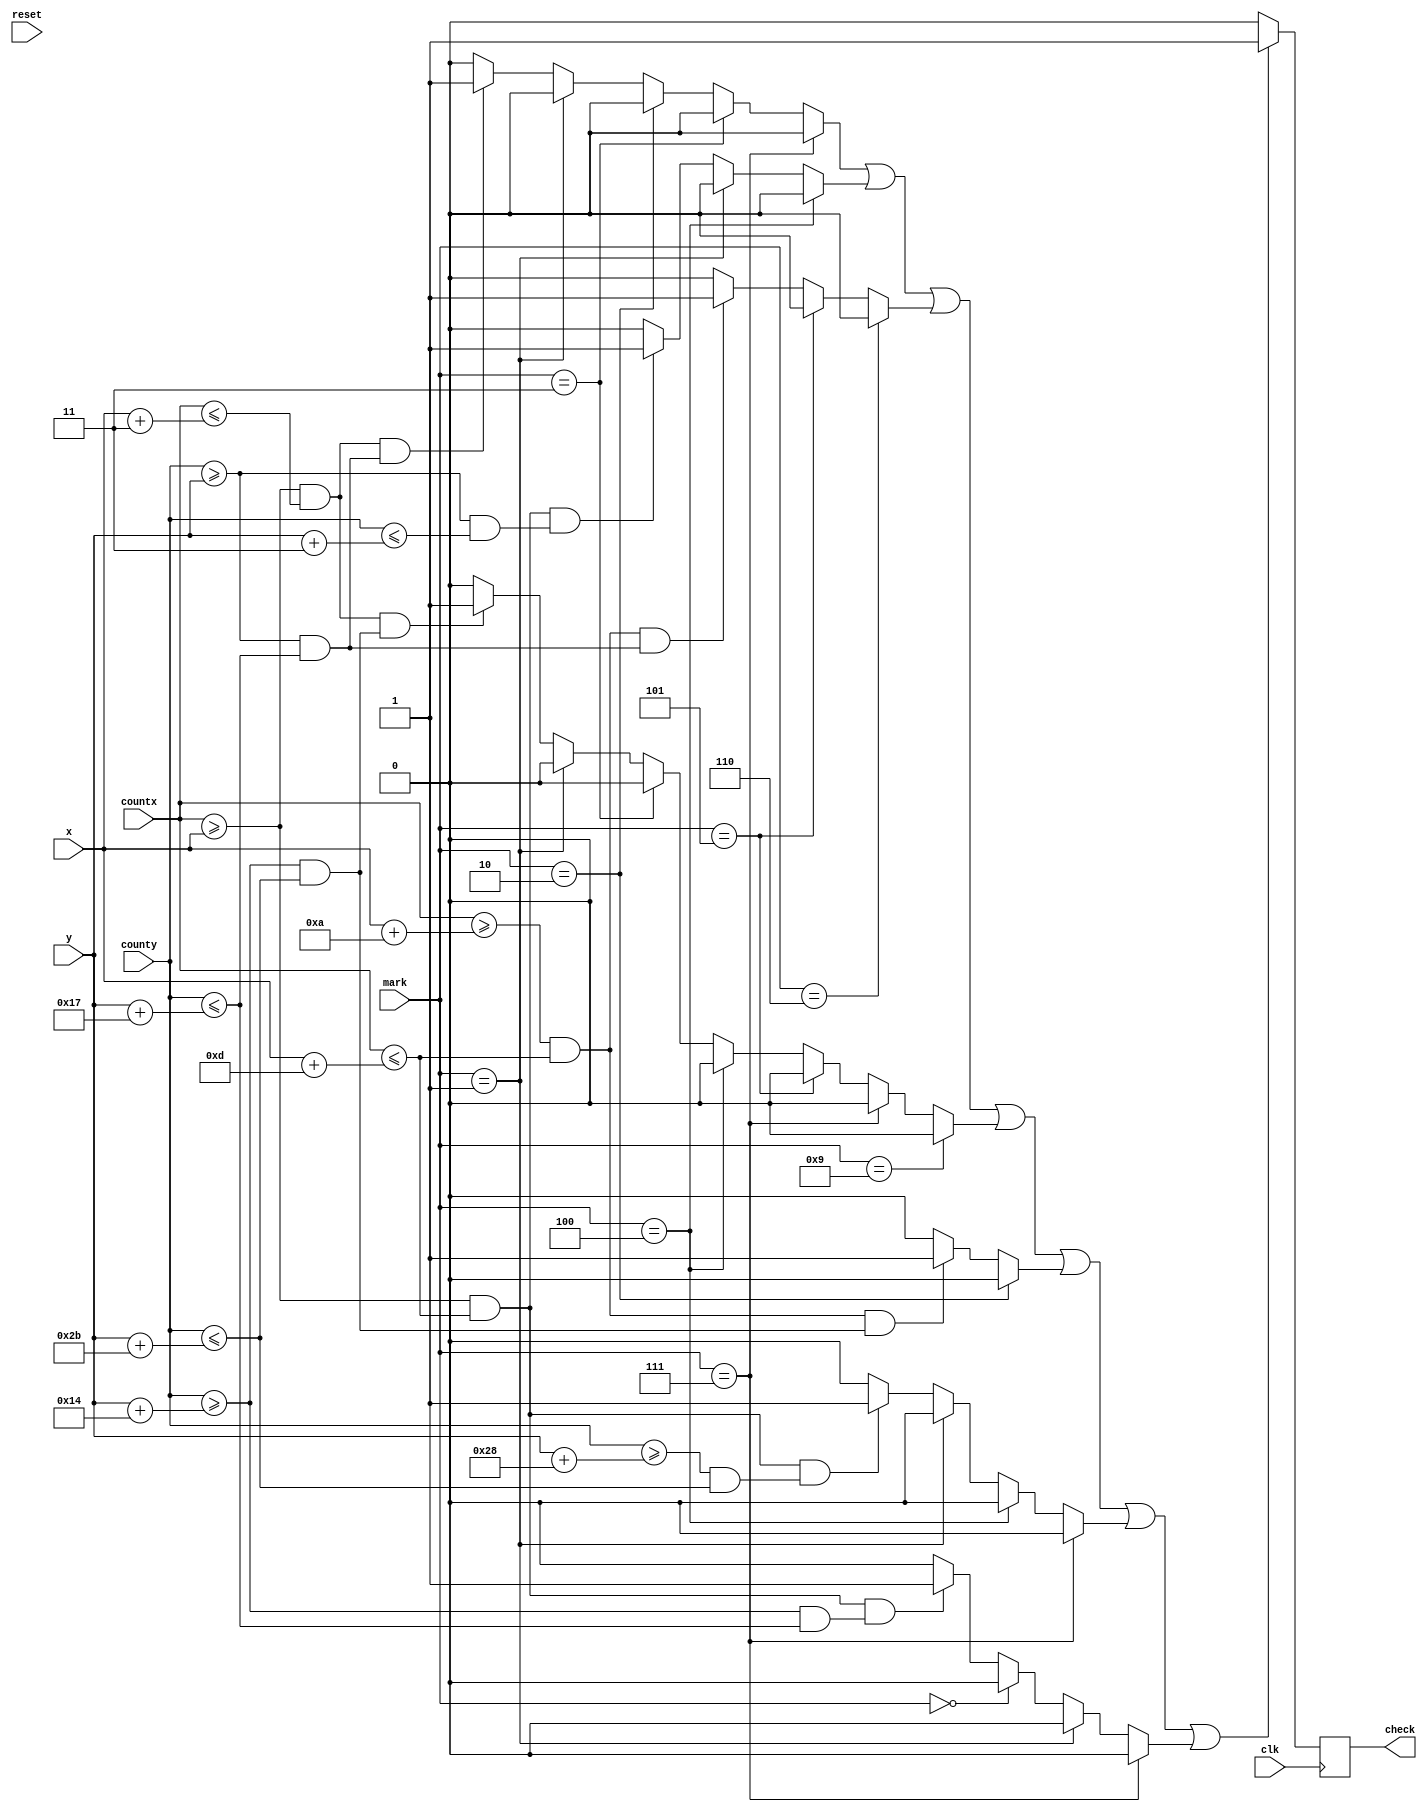
module draw_num(
input wire clk,
input wire reset,
input wire [15:0] mark,
input wire [10:0] x,
input wire [9:0] y,
input wire [10:0]countx,
input wire [9:0]county,
output reg check);

	parameter[10:0]ffx = 11'd3;
	parameter[10:0]xfx = 11'd10;
	parameter[10:0]fxx = 11'd13;
	parameter[9:0]ffy = 10'd3;
	parameter[9:0]yfy = 10'd20;
	parameter[9:0]fyy = 10'd23;
	parameter[9:0]yyf = 10'd40;
	parameter[9:0]yyy = 10'd43;

reg box1 = 0;	
reg box2 = 0;
reg box3 = 0;
reg box4 = 0;
reg box5 = 0;
reg box6 = 0;
reg box7 = 0;

reg choise = 0;





always @ (posedge clk)
	begin
				
			begin						

				if  (((countx >= x)&&(countx <= (x+ffx)))&&((county >= y)&&(county <= (y+fyy)))) 	
						begin
							box1 = 1;
						end
						else box1 = 0;
					
					
				if  ((countx >= (x)&&(countx <= (x+fxx)))&&((county >= (y))&&(county <= (y+ffy)))) 	
					begin
						box2 = 1;
					end
					else box2 = 0;	
					
					
					if  (((countx >= (x+xfx))&&(countx <= (x+fxx)))&&((county >= (y))&&(county <= (y+fyy)))) 	
					begin
						box3 = 1;
					end
					else box3 = 0;	
					
					
					if  (((countx >= (x))&&(countx <= (x+ffx)))&&((county >= (y+yfy))&&(county <= (y+yyy)))) 	
					begin
						box4 = 1;
					end
					else box4 = 0;	
					
					
					if  (((countx >= (x+xfx))&&(countx <= (x+fxx)))&&((county >= (y+yfy))&&(county <= (y+yyy)))) 	
					begin
						box5 = 1;
					end
					else box5 = 0;	
					
					
					if  (((countx >= (x))&&(countx <= (x+fxx)))&&((county >= (y+yyf))&&(county <= (y+yyy)))) 	
					begin
						box6 = 1;
					end
					else box6 = 0;	
					
					
					if  (((countx >= (x))&&(countx <= (x+fxx)))&&((county >= (y+yfy))&&(county <= (y+fyy)))) 	
					begin
						box7 = 1;
					end
					else box7 = 0;	
					
					// Settings of Drawing
					
					if (mark == 0)
						begin
							box7 = 0;
							
						end;
					
					if (mark == 1)
						begin
							box1 = 0;
							box2 = 0;
							box4 = 0;
							box6 = 0;
							box7 = 0;
							
						end;
						
						if (mark == 2)
						begin
							box1 = 0;
					
							box5 = 0;
							
						end;
						
						if (mark == 3)
						begin
							box1 = 0;
							
							box4 = 0;
							
						end;
						
						if (mark == 4)
						begin
							
							box2 = 0;
							
							box4 = 0;
							
							box6 = 0;
						end;
						
						if (mark == 5)
						begin
							
							box3 = 0;
							box4 = 0;
							
						end;
						
						if (mark == 6) 
						begin
							
							box3 = 0;
							
						end;
						
						if (mark == 7) 
						begin
							box1 = 0;
							
							box4 = 0;
							
							box6 = 0;
							box7 = 0;
						end;
						
						
						if (mark == 9) 
						begin
							
							box4 = 0;
							
						end;
					
					if(box1 || box2 || box3 || box4 || box5 || box6 || box7)
						begin
							check <= 1;
						end
					else
						begin
							check <= 0;
						end;	
											
					
			end;
	end
endmodule